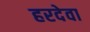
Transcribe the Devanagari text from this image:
हरदेवा